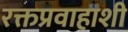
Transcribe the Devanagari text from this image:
रक्तप्रवाहाशी